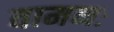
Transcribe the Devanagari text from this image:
वामनः